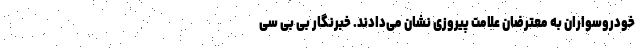
خودروسواران به معترضان علامت پیروزی نشان می‌دادند. خبرنگار بی بی سی